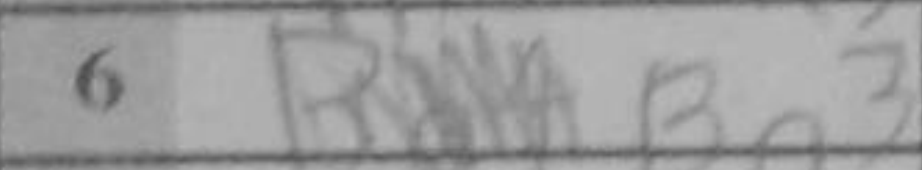
Transcription: Bg3